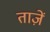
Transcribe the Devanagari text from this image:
ताज़ें